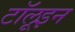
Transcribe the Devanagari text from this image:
टॉलूइन